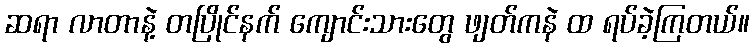
ဆရာ လာတာနဲ့ တပြိုင်နက် ကျောင်းသားတွေ ဖျတ်ကနဲ ထ ရပ်ခဲ့ကြတယ်။